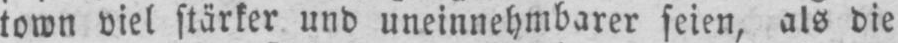
town viel stärker und uneinnehmbarer seien, als die